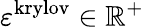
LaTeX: \varepsilon^{\mathrm{krylov}}\in\mathbb{R}^{+}